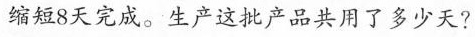
缩短8天完成。生产这批产品共用了多少天?